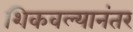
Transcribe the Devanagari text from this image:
शिकवल्यानंतर